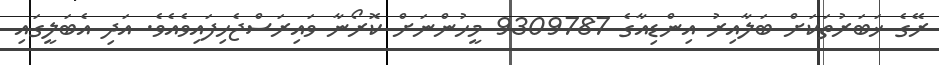
ރޭގެ ޚަބަރުތަކަށް ބަލާއިރު އިންޑިއާގެ 9309787 މީހުންނަށް ކޮރޯނާ ވައިރަސްޖެހިފައިވެއެވެ. އަދި އެބަލީގައި